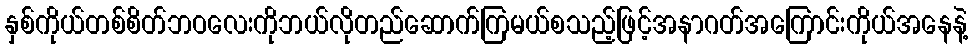
နှစ်ကိုယ်တစ်စိတ်ဘဝလေးကိုဘယ်လိုတည်ဆောက်ကြမယ်စသည့်ဖြင့်အနာဂတ်အကြောင်းကိုယ်အနေနဲ့